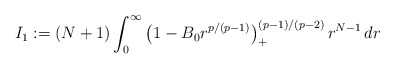
\begin{align*}I_1 := (N+1)\int_0^{\infty}\left(1-B_0r^{p/(p-1)}\right)_+^{(p-1)/(p-2)}r^{N-1}\,dr\end{align*}